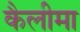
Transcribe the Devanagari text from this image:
कैलीमा